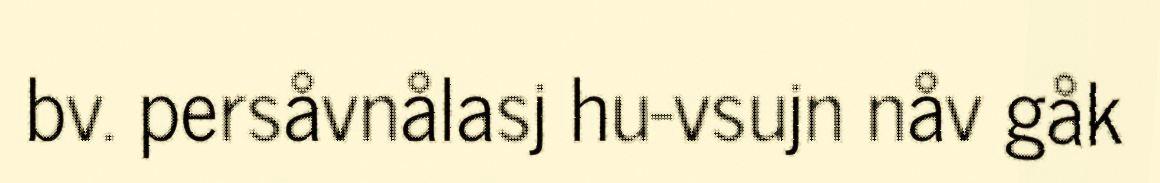
bv. persåvnålasj hu-vsujn nåv gåk